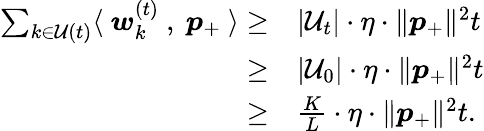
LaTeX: \begin{array}{rl}{\sum_{k\in\mathcal{U}(t)}\langle~{\boldsymbol w}_{k}^{(t)}~,~{\boldsymbol p}_{+}~\rangle\ge}&{|\mathcal{U}_{t}|\cdot\eta\cdot\| {\boldsymbol p}_{+}\| ^{2}t}\\ {\ge}&{|\mathcal{U}_{0}|\cdot\eta\cdot\| {\boldsymbol p}_{+}\| ^{2}t}\\ {\ge}&{\frac{K}{L}\cdot\eta\cdot\| {\boldsymbol p}_{+}\| ^{2}t.}\end{array}